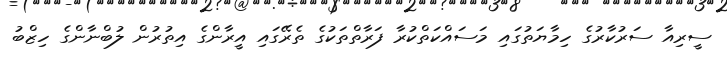
ސީރިއާ ސަރުކާރުގެ ހިމާޔަތުގައި މަސައްކަތްކުރާ ފަރާތްތަކުގެ ތެރޭގައި އީރާންގެ އިތުރުން ލުބްނާންގެ ހިޒްބު